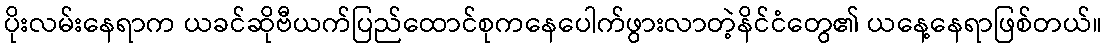
ပိုးလမ်းနေရာက ယခင်ဆိုဗီယက်ပြည်ထောင်စုကနေပေါက်ဖွားလာတဲ့နိင်ငံတွေ၏ ယနေ့နေရာဖြစ်တယ်။